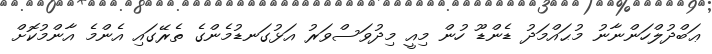
ޢަބްދުލްހަންނާނު މުޙައްމަދު ޑެންޑޫ ހުން މިއީ މިދުވަސްވަރު އަޅުގަނޑުމެންގެ ތެރޭގައި އެންމެ އާންމުކޮށް